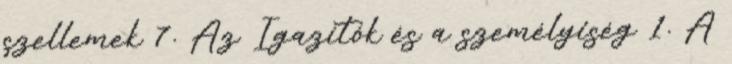
szellemek 7. Az Igazítók és a személyiség 1. A